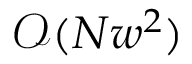
\mathcal { O } ( N w ^ { 2 } )